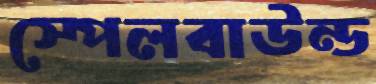
স্পেলবাউন্ড